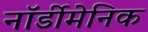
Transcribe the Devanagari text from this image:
नॉर्डीमेनिक